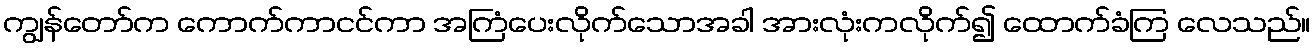
ကျွန်တော်က ကောက်ကာငင်ကာ အကြံပေးလိုက်သောအခါ အားလုံးကလိုက်၍ ထောက်ခံကြ လေသည်။